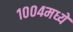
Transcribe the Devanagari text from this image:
१००४मध्ये